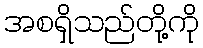
အစရှိသည်တို့ကို